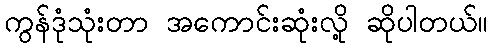
ကွန်ဒုံသုံးတာ အကောင်းဆုံးလို့ ဆိုပါတယ်။